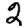
Digit: 2